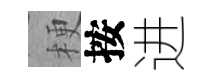
梗按进